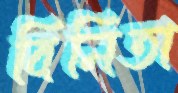
বিনিতা